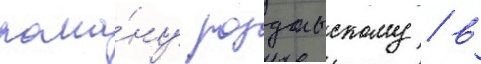
рома́ну роздольскому / в